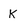
Character: k